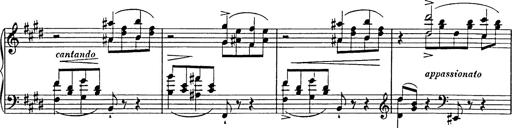
Title: Consolations
Composer: Franz Liszt